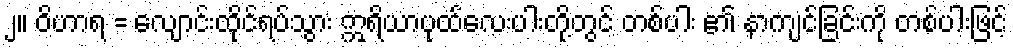
၂။ ဝိဟာရ = လျောင်းထိုင်ရပ်သွား ဣရိယာပုထ်လေးပါးတို့တွင် တစ်ပါး ၏ နာကျင်ခြင်းကို တစ်ပါးဖြင့်